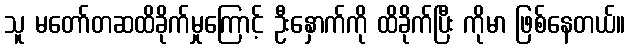
သူ မတော်တဆထိခိုက်မှုကြောင့် ဦးနှောက်ကို ထိခိုက်ပြီး ကိုမာ ဖြစ်နေတယ်။